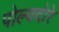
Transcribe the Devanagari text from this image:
पोल्यदोरे